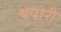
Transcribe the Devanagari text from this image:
थपोरी